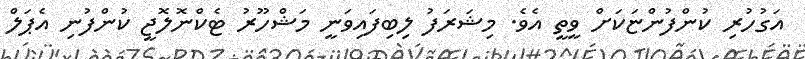
އަގުހުރި ކުންފުންޏަކަށް ވީތީ އެވެ. މިޝަރަފު ލިބިފައިވަނީ މަޝްހޫރު ޓެކްނޮލޮޖީ ކުންފުނި އެޕަލް